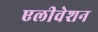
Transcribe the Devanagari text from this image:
एलीवेशन